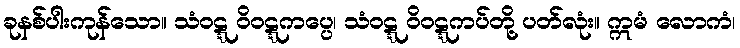
ခုနစ်ပါးကုန်သော။ သံဝဋ္ဋ ဝိဝဋ္ဋကပ္ပေ၊ သံဝဋ္ဋ ဝိဝဋ္ဋကပ်တို့ ပတ်လုံး။ ဣမံ လောကံ၊